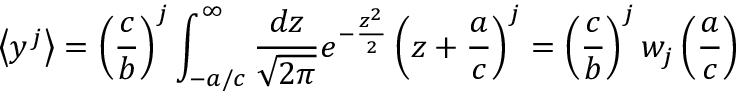
\left< y ^ { j } \right> = \left( \frac { c } { b } \right) ^ { j } \int _ { - a / c } ^ { \infty } \frac { d z } { \sqrt { 2 \pi } } e ^ { - \frac { z ^ { 2 } } { 2 } } \left( z + \frac { a } { c } \right) ^ { j } = \left( \frac { c } { b } \right) ^ { j } w _ { j } \left( \frac { a } { c } \right)